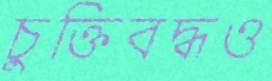
চুক্তিবদ্ধও